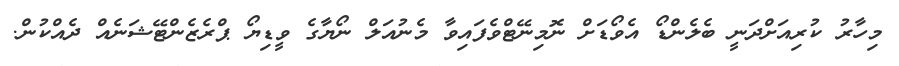
މިހާރު ކުރިއަށްދަނީ ބެލެންޑޯ އެވޯޑަށް ނޮމިނޭޓްވެފައިވާ މެނުއަލް ނޯޔާގެ ވީޑިޔޯ ޕްރެޒެންޓޭޝަނެއް ދެއްކުން.